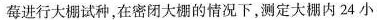
莓进行大棚试种，在密闭大棚的情况下，测定大棚内24小